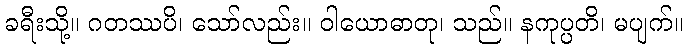
ခရီးသို့။ ဂတဿပိ၊ သော်လည်း။ ဝါယောဓာတု၊ သည်။ နကုပ္ပတိ၊ မပျက်။